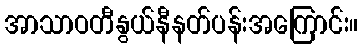
အာသာဝတီနွယ်နီနတ်ပန်းအကြောင်း။